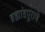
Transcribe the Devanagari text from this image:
ब्रह्मांडपुराणे